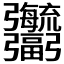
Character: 𢑎